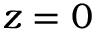
z = 0